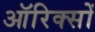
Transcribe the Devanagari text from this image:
ऑरिक्सों